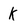
Character: K